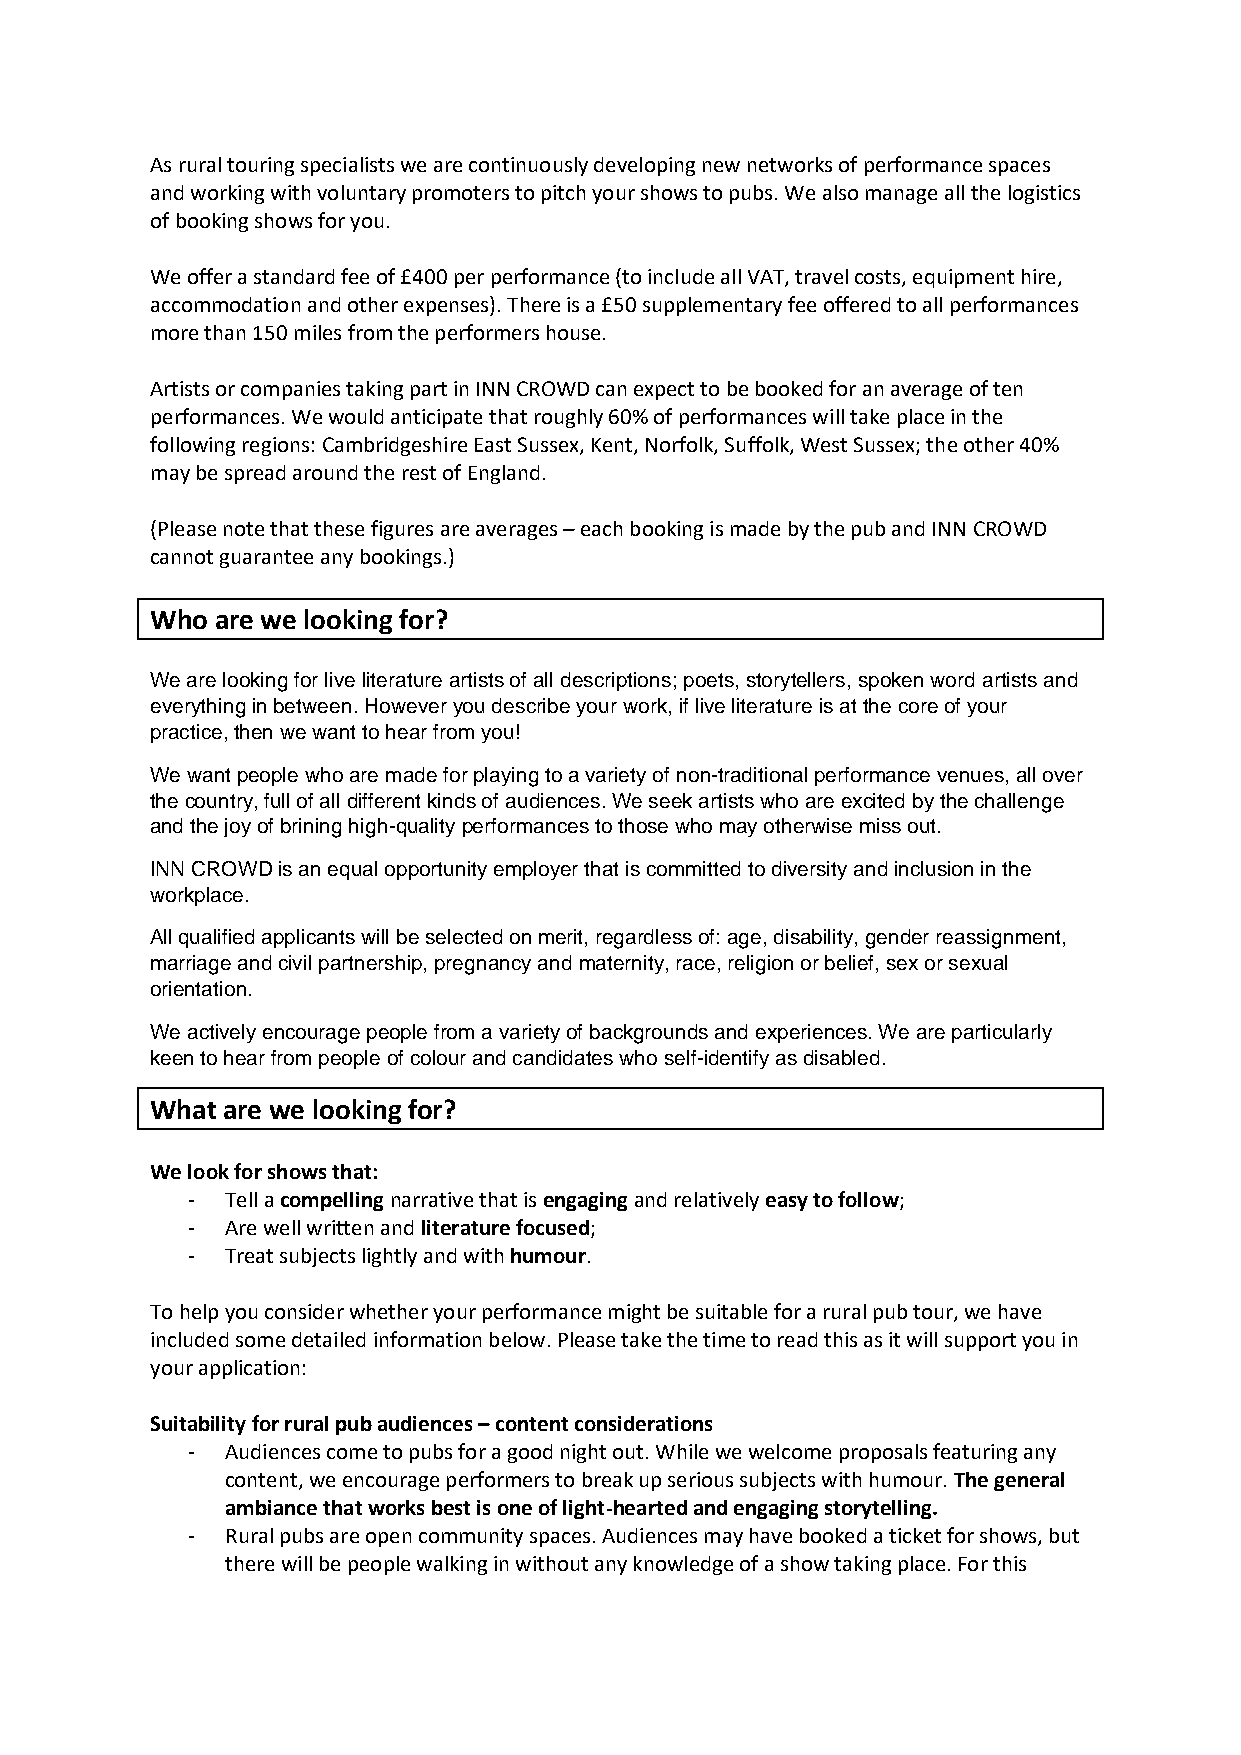
As rural touring specialists we are continuously developing new networks of performance spaces
 and working with voluntary promoters to pitch your shows to pubs. We also manage all the logistics
 of booking shows for you.
 We offer a standard fee of £400 per performance (to include all VAT, travel costs, equipment hire,
 accommodation and other expenses). There is a £50 supplementary fee offered to all performances
 more than 150 miles from the performers house.
 Artists or companies taking part in INN CROWD can expect to be booked for an average of ten
 performances. We would anticipate that roughly 60% of performances will take place in the
 following regions: Cambridgeshire East Sussex, Kent, Norfolk, Suffolk, West Sussex; the other 40%
 may be spread around the rest of England.
 (Please note that these figures are averages – each booking is made by the pub and INN CROWD
 cannot guarantee any bookings.)
 Who are we looking for?
 We are looking for live literature artists of all descriptions; poets, storytellers, spoken word artists and
 everything in between. However you describe your work, if live literature is at the core of your
 practice, then we want to hear from you!
 We want people who are made for playing to a variety of non-traditional performance venues, all over
 the country, full of all different kinds of audiences. We seek artists who are excited by the challenge
 and the joy of brining high-quality performances to those who may otherwise miss out.
 INN CROWD is an equal opportunity employer that is committed to diversity and inclusion in the
 workplace.
 All qualified applicants will be selected on merit, regardless of: age, disability, gender reassignment,
 marriage and civil partnership, pregnancy and maternity, race, religion or belief, sex or sexual
 orientation.
 We actively encourage people from a variety of backgrounds and experiences. We are particularly
 keen to hear from people of colour and candidates who self-identify as disabled.
 What are we looking for?
 We look for shows that:
 -  Tell a compelling narrative that is engaging and relatively easy to follow;
 -  Are well written and literature focused;
 -  Treat subjects lightly and with humour.
 To help you consider whether your performance might be suitable for a rural pub tour, we have
 included some detailed information below. Please take the time to read this as it will support you in
 your application:
 Suitability for rural pub audiences – content considerations
 -  Audiences come to pubs for a good night out. While we welcome proposals featuring any
 content, we encourage performers to break up serious subjects with humour. The general
 ambiance that works best is one of light-hearted and engaging storytelling.
 -  Rural pubs are open community spaces. Audiences may have booked a ticket for shows, but
 there will be people walking in without any knowledge of a show taking place. For this